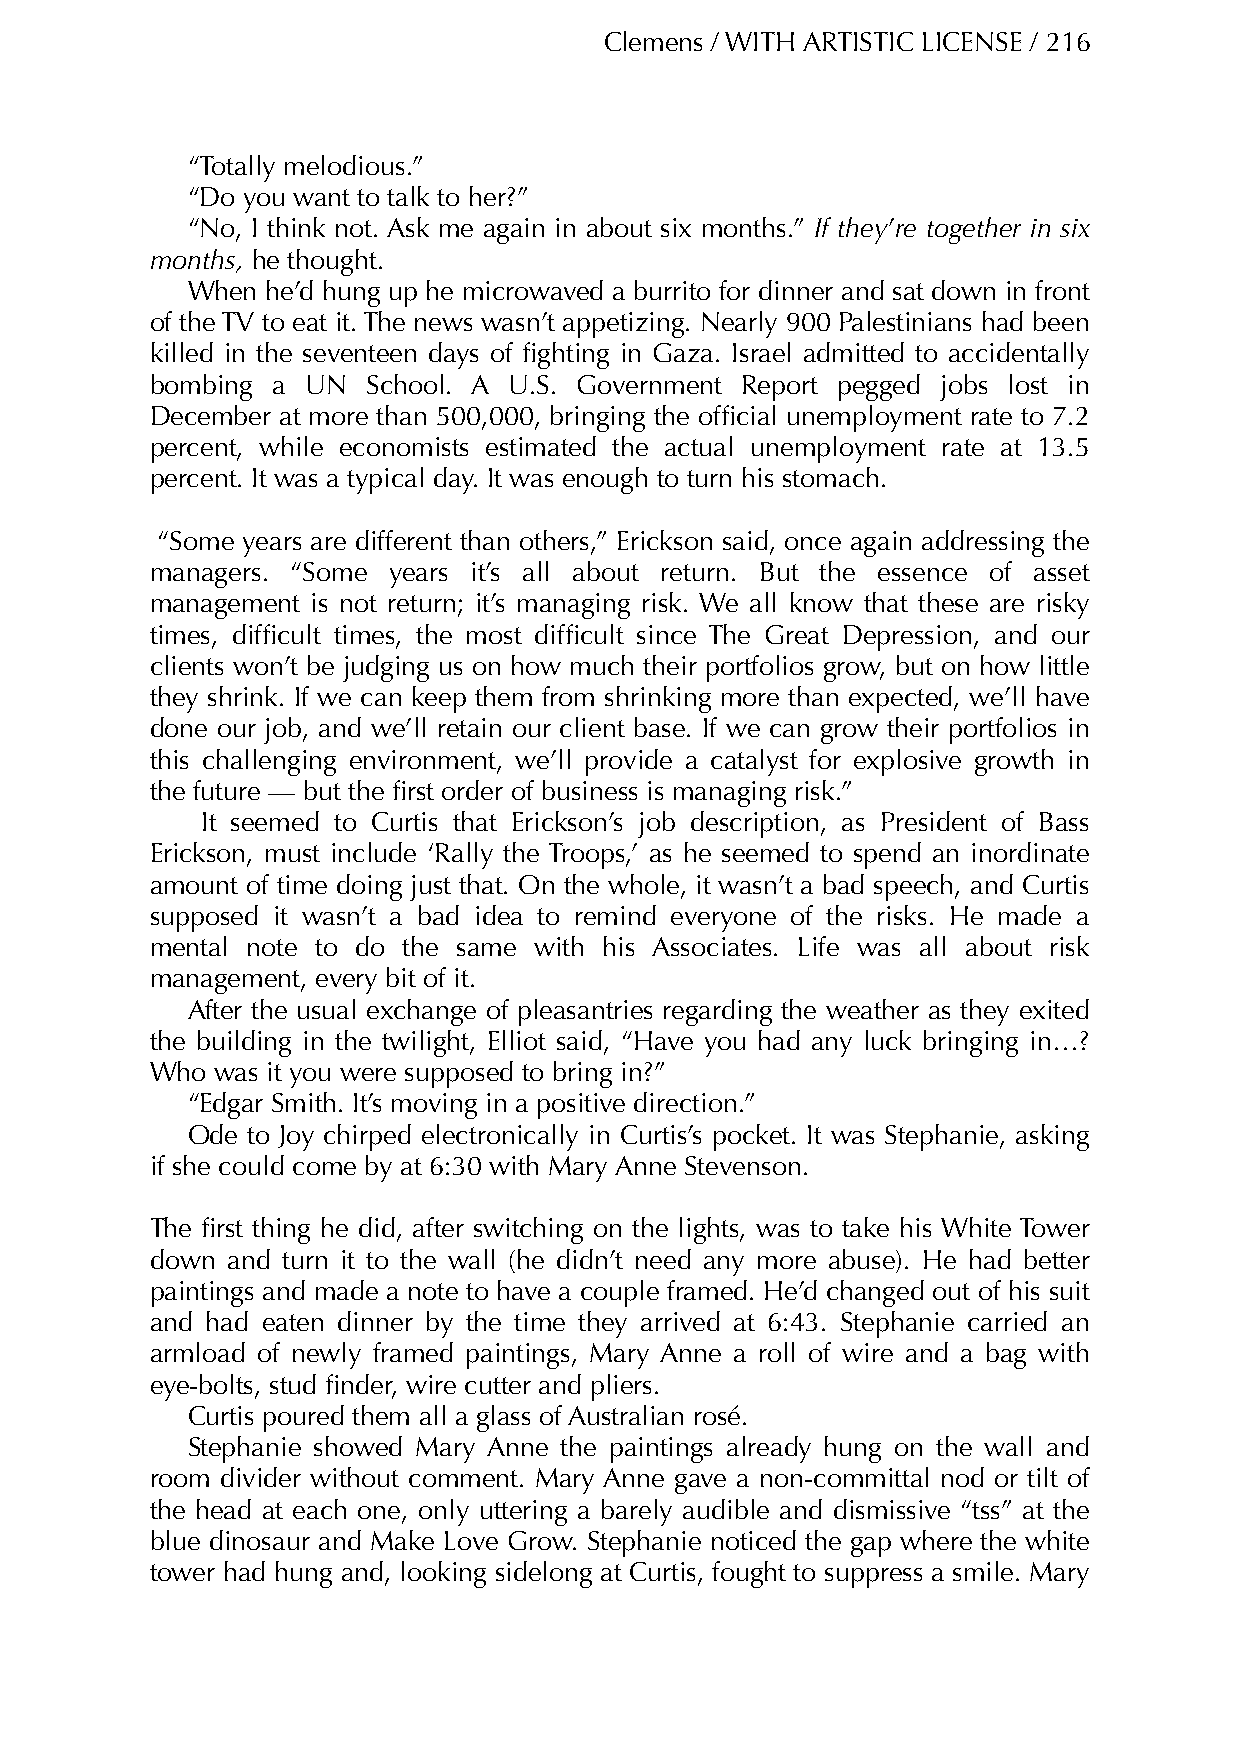
Clemens / WITH ARTISTIC LICENSE / 216
 “Totally melodious.”
 “Do you want to talk to her?”
 “No, I think not. Ask me again in about six months.” If they’re together in six
 months, he thought.
 When  he’d hung up he microwaved a burrito for dinner and sat down in front
 of the TV to eat it. The news wasn’t appetizing. Nearly 900 Palestinians had been
 killed in the seventeen days of fighting in Gaza. Israel admitted to accidentally
 bombing a UN  School. A U.S. Government Report pegged jobs lost in
 December at more than 500,000, bringing the official unemployment rate to 7.2
 percent, while economists estimated the actual unemployment rate at 13.5
 percent. It was a typical day. It was enough to turn his stomach.
 “Some years are different than others,” Erickson said, once again addressing the
 managers. “Some years it’s all about return. But the essence of asset
 management is not return; it’s managing risk. We all know that these are risky
 times, difficult times, the most difficult since The Great Depression, and our
 clients won’t be judging us on how much their portfolios grow, but on how little
 they shrink. If we can keep them from shrinking more than expected, we’ll have
 done our job, and we’ll retain our client base. If we can grow their portfolios in
 this challenging environment, we’ll provide a catalyst for explosive growth in
 the future — but the first order of business is managing risk.”
 It seemed to Curtis that Erickson’s job description, as President of Bass
 Erickson, must include ‘Rally the Troops,’ as he seemed to spend an inordinate
 amount of time doing just that. On the whole, it wasn’t a bad speech, and Curtis
 supposed it wasn’t a bad idea to remind everyone of the risks. He made a
 mental note to do the same with his Associates. Life was all about risk
 management, every bit of it.
 After the usual exchange of pleasantries regarding the weather as they exited
 the building in the twilight, Elliot said, “Have you had any luck bringing in…?
 Who was it you were supposed to bring in?”
 “Edgar Smith. It’s moving in a positive direction.”
 Ode to Joy chirped electronically in Curtis’s pocket. It was Stephanie, asking
 if she could come by at 6:30 with Mary Anne Stevenson.
 The first thing he did, after switching on the lights, was to take his White Tower
 down and turn it to the wall (he didn’t need any more abuse). He had better
 paintings and made a note to have a couple framed. He’d changed out of his suit
 and had eaten dinner by the time they arrived at 6:43. Stephanie carried an
 armload of newly framed paintings, Mary Anne a roll of wire and a bag with
 eye-bolts, stud finder, wire cutter and pliers.
 Curtis poured them all a glass of Australian rosé.
 Stephanie showed Mary Anne the paintings already hung on the wall and
 room divider without comment. Mary Anne gave a non-committal nod or tilt of
 the head at each one, only uttering a barely audible and dismissive “tss” at the
 blue dinosaur and Make Love Grow. Stephanie noticed the gap where the white
 tower had hung and, looking sidelong at Curtis, fought to suppress a smile. Mary